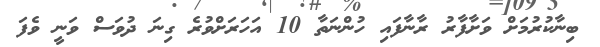
ބިނާކުރުމަށް ވަށާފާރު ރާނާފައި ހުންނަތާ 10 އަހަރަށްވުރެ ގިނަ ދުވަސް ވަނީ ވެފަ